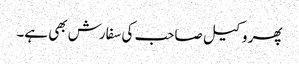
پھر وکیل صاحب کی سفارش بھی ہے۔